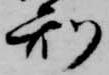
刑